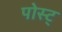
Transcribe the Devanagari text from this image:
पोस्ट्